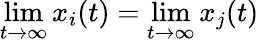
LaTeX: \operatorname*{lim}_{t\to\infty}x_{i}(t)=\operatorname*{lim}_{t\to\infty}x_{j}(t)